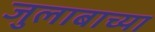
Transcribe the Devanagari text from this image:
जुलाबाच्या